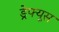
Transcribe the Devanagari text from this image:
ड्रेफ्यूस